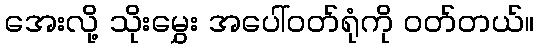
အေးလို့ သိုးမွှေး အပေါ်ဝတ်ရုံကို ဝတ်တယ်။